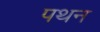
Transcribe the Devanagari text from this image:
पथन